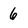
Character: 6